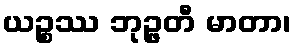
ယဉ္စဿ ဘုဉ္ဖတီ မာတာ၊